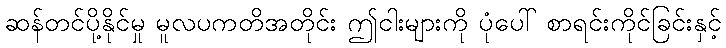
ဆန်တင်ပို့နိုင်မှု မူလပကတိအတိုင်း ဤငါးများကို ပုံပေါ် စာရင်းကိုင်ခြင်းနှင့်